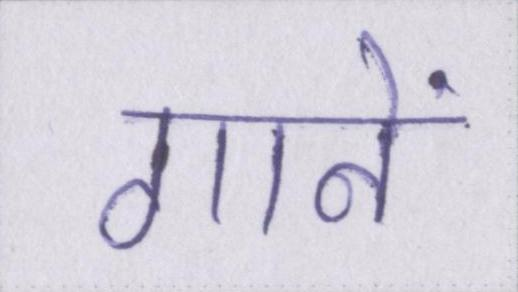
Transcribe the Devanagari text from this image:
गानें